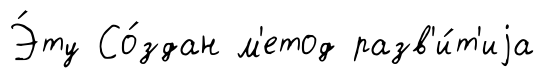
Э́ту Со́здан м'етод разв'и́т'иjа